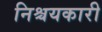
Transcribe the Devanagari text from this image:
निश्चयकारी